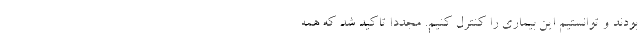
بودند و توانستیم این بیماری را کنترل کنیم. مجددا تاکید شد که همه